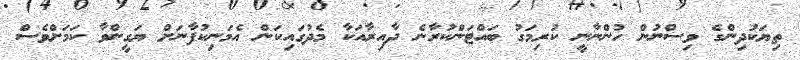
ތިޔަކުދިންގެ ވިސްނުން ހުންނާނީ ކުރިމަގު ބައްޓަންކުރާނެ ދާއިރާއަކާ މެދުގައިކަން އެމަނިކުފާނަށް ޔަގީންވާ ކަމަށްވެސް